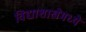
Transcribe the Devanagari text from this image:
विद्याशाखेमध्ये